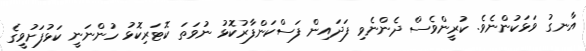
އާނގު ވަޅަކުންނެވެ. ކުރީންވެސް ދެންނެވި ފަދައިން ފަސްކަންފާރުކޮޅު ނުވަތަ ކޮޓަރިކޮޅު ހުންނަނީ ކަޅުފަށުވީގެ